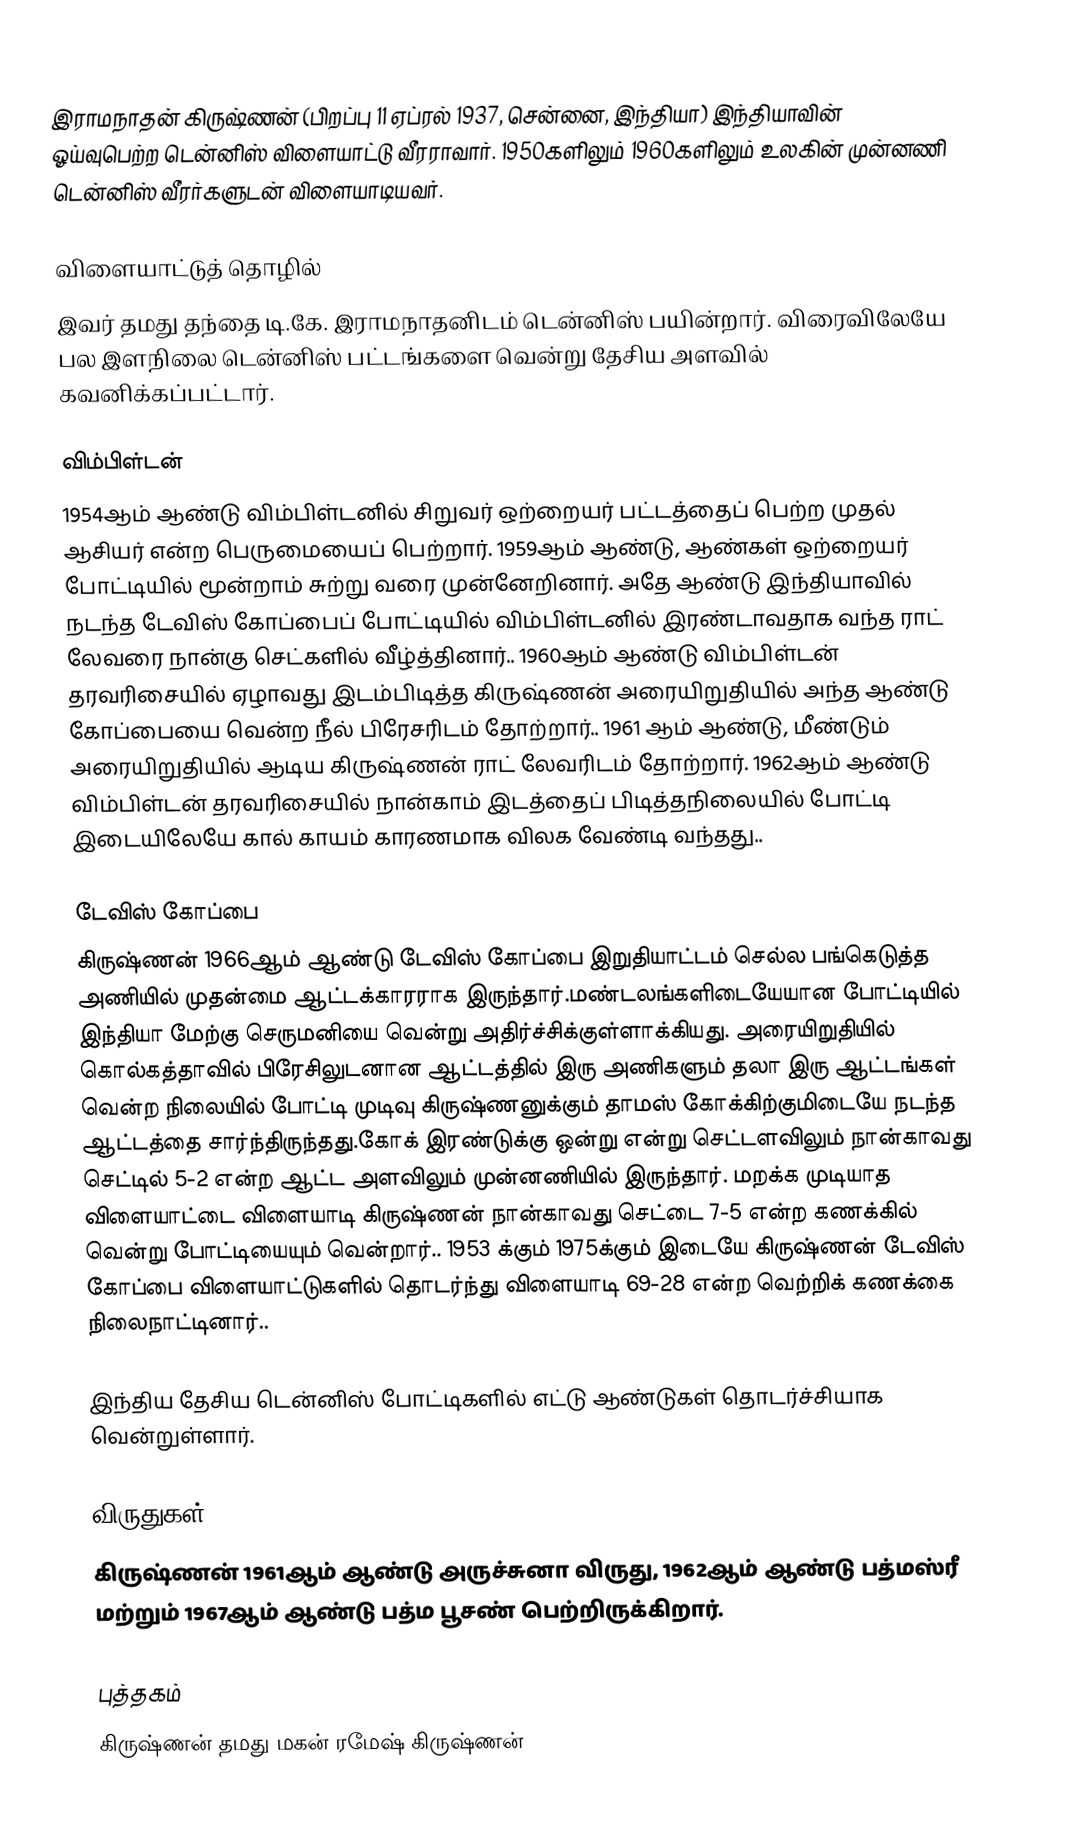
இராமநாதன் கிருஷ்ணன் (பிறப்பு 11 ஏப்ரல் 1937, சென்னை,  இந்தியா)  இந்தியாவின் ஓய்வுபெற்ற டென்னிஸ் விளையாட்டு வீரராவார். 1950களிலும் 1960களிலும் உலகின் முன்னணி டென்னிஸ் வீரர்களுடன் விளையாடியவர்.

விளையாட்டுத் தொழில்
இவர் தமது தந்தை டி.கே. இராமநாதனிடம் டென்னிஸ் பயின்றார். விரைவிலேயே பல இளநிலை டென்னிஸ் பட்டங்களை வென்று தேசிய அளவில் கவனிக்கப்பட்டார்.

விம்பிள்டன்
1954ஆம் ஆண்டு விம்பிள்டனில் சிறுவர் ஒற்றையர் பட்டத்தைப் பெற்ற முதல் ஆசியர் என்ற பெருமையைப் பெற்றார். 1959ஆம் ஆண்டு, ஆண்கள் ஒற்றையர் போட்டியில் மூன்றாம் சுற்று வரை முன்னேறினார். அதே ஆண்டு இந்தியாவில் நடந்த  டேவிஸ் கோப்பைப் போட்டியில் விம்பிள்டனில் இரண்டாவதாக வந்த ராட் லேவரை நான்கு செட்களில் வீழ்த்தினார்.. 1960ஆம் ஆண்டு விம்பிள்டன் தரவரிசையில் ஏழாவது இடம்பிடித்த கிருஷ்ணன் அரையிறுதியில் அந்த ஆண்டு கோப்பையை வென்ற நீல் பிரேசரிடம் தோற்றார்.. 1961 ஆம் ஆண்டு, மீண்டும் அரையிறுதியில் ஆடிய கிருஷ்ணன் ராட் லேவரிடம் தோற்றார். 1962ஆம் ஆண்டு விம்பிள்டன் தரவரிசையில் நான்காம் இடத்தைப் பிடித்தநிலையில் போட்டி இடையிலேயே  கால் காயம் காரணமாக விலக வேண்டி வந்தது..

டேவிஸ் கோப்பை
கிருஷ்ணன் 1966ஆம் ஆண்டு டேவிஸ் கோப்பை இறுதியாட்டம் செல்ல  பங்கெடுத்த அணியில் முதன்மை ஆட்டக்காரராக இருந்தார்.மண்டலங்களிடையேயான போட்டியில் இந்தியா மேற்கு செருமனியை வென்று அதிர்ச்சிக்குள்ளாக்கியது. அரையிறுதியில் கொல்கத்தாவில் பிரேசிலுடனான ஆட்டத்தில் இரு அணிகளும் தலா இரு ஆட்டங்கள் வென்ற நிலையில் போட்டி முடிவு கிருஷ்ணனுக்கும் தாமஸ் கோக்கிற்குமிடையே நடந்த ஆட்டத்தை சார்ந்திருந்தது.கோக் இரண்டுக்கு ஒன்று என்று செட்டளவிலும் நான்காவது செட்டில் 5-2  என்ற ஆட்ட அளவிலும் முன்னணியில் இருந்தார். மறக்க முடியாத விளையாட்டை விளையாடி கிருஷ்ணன் நான்காவது செட்டை 7-5 என்ற கணக்கில் வென்று போட்டியையும் வென்றார்..  1953 க்கும் 1975க்கும் இடையே கிருஷ்ணன் டேவிஸ் கோப்பை விளையாட்டுகளில் தொடர்ந்து விளையாடி 69-28 என்ற வெற்றிக் கணக்கை நிலைநாட்டினார்..

இந்திய தேசிய டென்னிஸ் போட்டிகளில் எட்டு ஆண்டுகள் தொடர்ச்சியாக வென்றுள்ளார்.

விருதுகள்
கிருஷ்ணன் 1961ஆம் ஆண்டு அருச்சுனா விருது, 1962ஆம் ஆண்டு பத்மஸ்ரீ மற்றும் 1967ஆம் ஆண்டு பத்ம பூசண் பெற்றிருக்கிறார்.

புத்தகம்
கிருஷ்ணன் தமது மகன் ரமேஷ் கிருஷ்ணன்